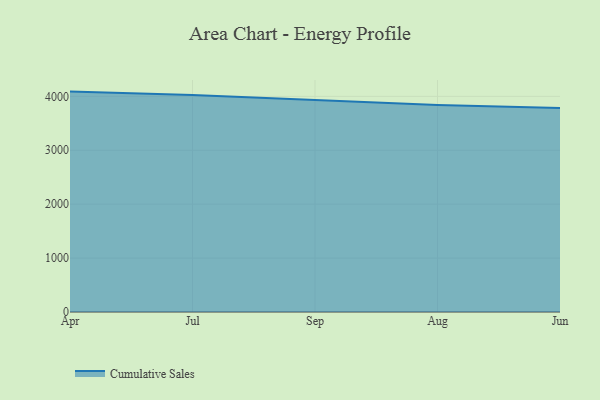
{"axis": {"x": "Month", "y": "Conversion Rate (%)"}, "legend": ["Cumulative Sales"], "data": [{"x": "Apr", "y": 4087.8, "type": "Cumulative Sales"}, {"x": "Jul", "y": 4026.7, "type": "Cumulative Sales"}, {"x": "Sep", "y": 3932.6, "type": "Cumulative Sales"}, {"x": "Aug", "y": 3837.6, "type": "Cumulative Sales"}, {"x": "Jun", "y": 3785.5, "type": "Cumulative Sales"}]}